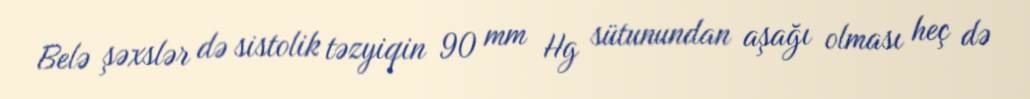
Belə şəxslər də sistolik təzyiqin 90 mm Hg sütunundan aşağı olması heç də